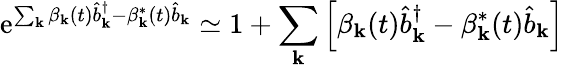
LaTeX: \mathrm{e}^{\sum_{\mathbf{{k}}}\beta_{\mathbf{{k}}}(t)\hat{{b}}_{\mathbf{{k}}}^{\dagger}-\beta_{\mathbf{{k}}}^{*}(t)\hat{{b}}_{\mathbf{{k}}}}\simeq1+\sum_{\mathbf{{k}}}\left[\beta_{\mathbf{{k}}}(t)\hat{{b}}_{\mathbf{{k}}}^{\dagger}-\beta_{\mathbf{{k}}}^{*}(t)\hat{{b}}_{\mathbf{{k}}}\right]